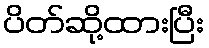
ပိတ်ဆို့ထားပြီး